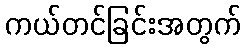
ကယ်တင်ခြင်းအတွက်